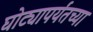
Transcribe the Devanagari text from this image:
घोट्यापर्यंतच्या